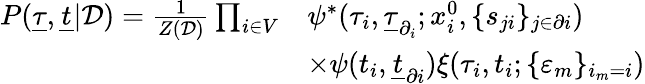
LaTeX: \begin{array}{r}{\begin{array}{rl}{P(\underline{{\tau}},\underline{{t}}|\mathcal{D})=\frac{1}{Z(\mathcal{D})}\prod_{i\in V}}&{\psi^{*}(\tau_{i},\underline{{\tau}}_{\partial_{i}};x_{i}^{0},\{ s_{ji}\} _{j\in\partial i})}\\ &{\times\psi(t_{i},\underline{{t}}_{\partial i})\xi(\tau_{i},t_{i};\{ \varepsilon_{m}\} _{i_{m}=i})}\end{array}}\end{array}